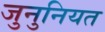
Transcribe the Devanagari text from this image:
जुनुनियत